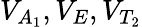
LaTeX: V_{A_{1}},V_{E},V_{T_{2}}